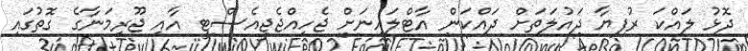
ދޮޅު ލައްކަ ރުފިޔާ ދައުލަތަށް ދައްކަން އާޓްލައިނަށް ޖެހިއްޖެޖީއެސްޓީ އާއި ޖޫރިމަނާގެ ގޮތުގައި